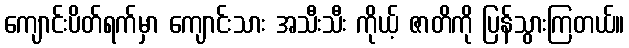
ကျောင်းပိတ်ရက်မှာ ကျောင်းသား အသီးသီး ကိုယ့် ဇာတိကို ပြန်သွားကြတယ်။